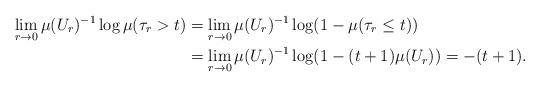
LaTeX: \begin{align*}\lim_{r \to 0} \mu(U_r)^{-1} \log \mu(\tau_r > t) & = \lim_{r \to 0} \mu(U_r)^{-1} \log (1 - \mu(\tau_r \le t)) \\& = \lim_{r \to 0} \mu(U_r)^{-1} \log (1 - (t+1)\mu(U_r))= - (t+1) .\end{align*}